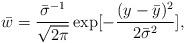
LaTeX: \begin{align*}{\bar w}=\frac{{\bar\sigma^{-1}}}{\sqrt{2\pi}}\exp[-\frac{(y-{\bar y})^2}{2{\bar\sigma}^2}],\end{align*}